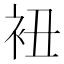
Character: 𧘥